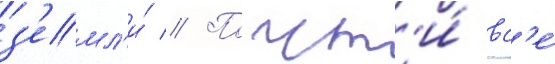
з'емл'и́ // Почт'и́ вс'е́